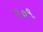
૧૦૧